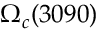
\Omega _ { c } ( 3 0 9 0 )